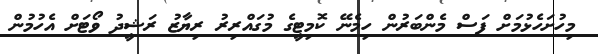
މިހުށަހެޅުމަށް ފަސް މެންބަރުން ހިމެނޭ ކޮމިޓީގެ މުގައްރިރު ރިޔާޒު ރަޝީދު ވޯޓަށް އެހުމުން